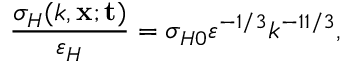
\frac { \sigma _ { H } ( k , { \bf { x } ; t } ) } { \varepsilon _ { H } } = \sigma _ { H 0 } \varepsilon ^ { - 1 / 3 } k ^ { - 1 1 / 3 } ,